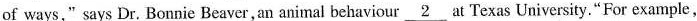
of ways," says Dr. Bonnie Beaver,an animal behaviour \underline{2} at Texas University."For example,